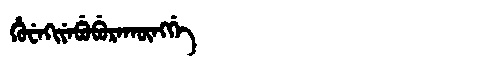
Manchu: ᡥᡠᠸᡝᡴᡳᠶᡝᠪᡠᠪᡠᡵᠠᡴᡡᠩᡤᡝ
Romanization: HUWEKIYEBUBURAKŪNGGE